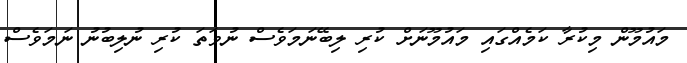
މައުމޫން މިކުރާ ކަމެއްގައި މައުމޫނަށް ކުރި ލިބޭނަމަވެސް ނުވަތަ ކުރި ނުލިބުނު ނަމަވެސް